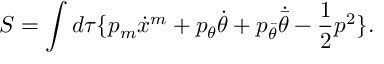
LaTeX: S = \int d \tau \{ p _ { m } \dot { x } ^ { m } + p _ { \theta } \dot { \theta } + p _ { \bar { \theta } } \dot { \bar { \theta } } - \frac 1 2 p ^ { 2 } \} .